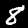
Digit: 8